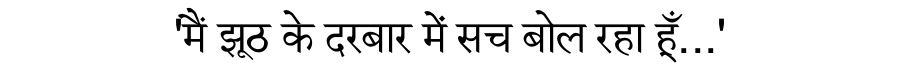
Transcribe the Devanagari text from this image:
'मैं झूठ के दरबार में सच बोल रहा हूँ...'